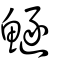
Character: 鱁